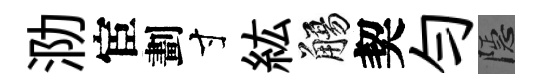
泐宦劃寸紘觴契勻隱